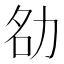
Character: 𪟚